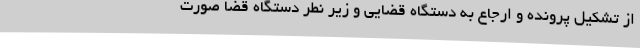
از تشکیل پرونده و ارجاع به دستگاه قضایی و زیر نطر دستگاه قضا صورت